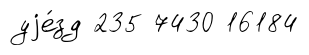
уjе́зд 235 7430 16184